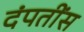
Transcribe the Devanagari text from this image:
दंपतींस